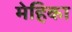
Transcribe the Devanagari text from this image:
मेहिका